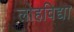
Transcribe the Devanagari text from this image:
लोहविद्या